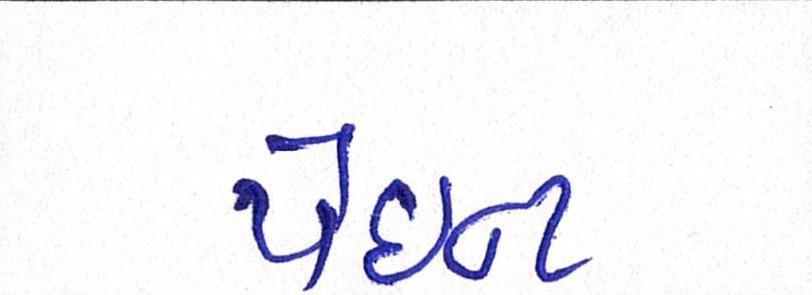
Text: પેઇન્ટ